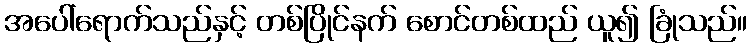
အပေါ်ရောက်သည်နှင့် တစ်ပြိုင်နက် စောင်တစ်ထည် ယူ၍ ခြုံသည်။